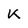
Character: K